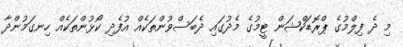
މި ދެ ފިލްމުގެ ޕްރޮޑަކްޝަން ޓީމުގެ މެދުގައި ދެބަސްވުންތަކެއް އުފެދި ކޯޅުންތަކެއް ހިނގަމުންދާ